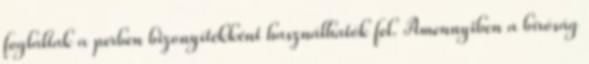
foglaltak a perben bizonyítékként használhatók fel. Amennyiben a bíróság